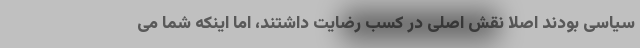
سیاسی بودند اصلاً نقش اصلی در کسب رضایت داشتند، اما اینکه شما می‌